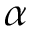
\alpha